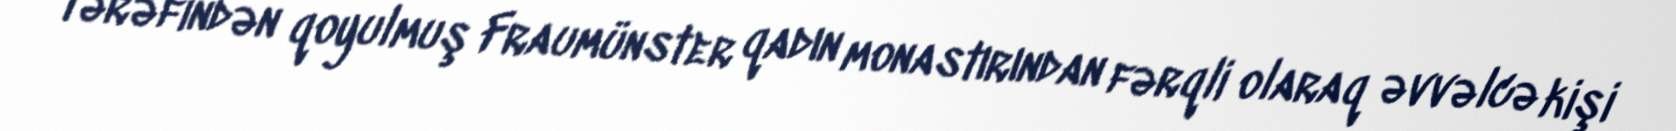
tərəfindən qoyulmuş Fraumünster qadın monastırından fərqli olaraq əvvəlcə kişi